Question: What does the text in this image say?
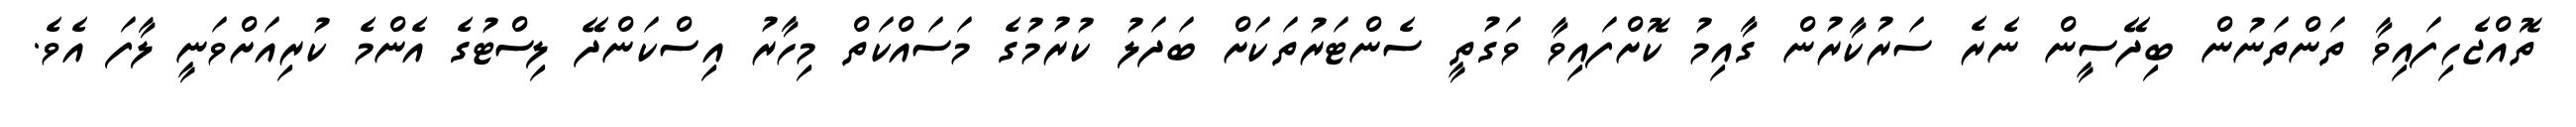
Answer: ތޮއްޖެހިފައިވާ ތަންތަނުން ބިދޭސީން ނެރެ ސަރުކާރުން ގާއިމު ކޮށްފައިވާ ވަގުތީ ސެންޓަރުތަކަށް ބަދަލު ކުރުމުގެ މަސައްކަތް މިހާރު އިސްކަންދޭ ލިސްޓުގެ އެންމެ ކުރިއަށްވަނީ ލާފަ އެވެ.